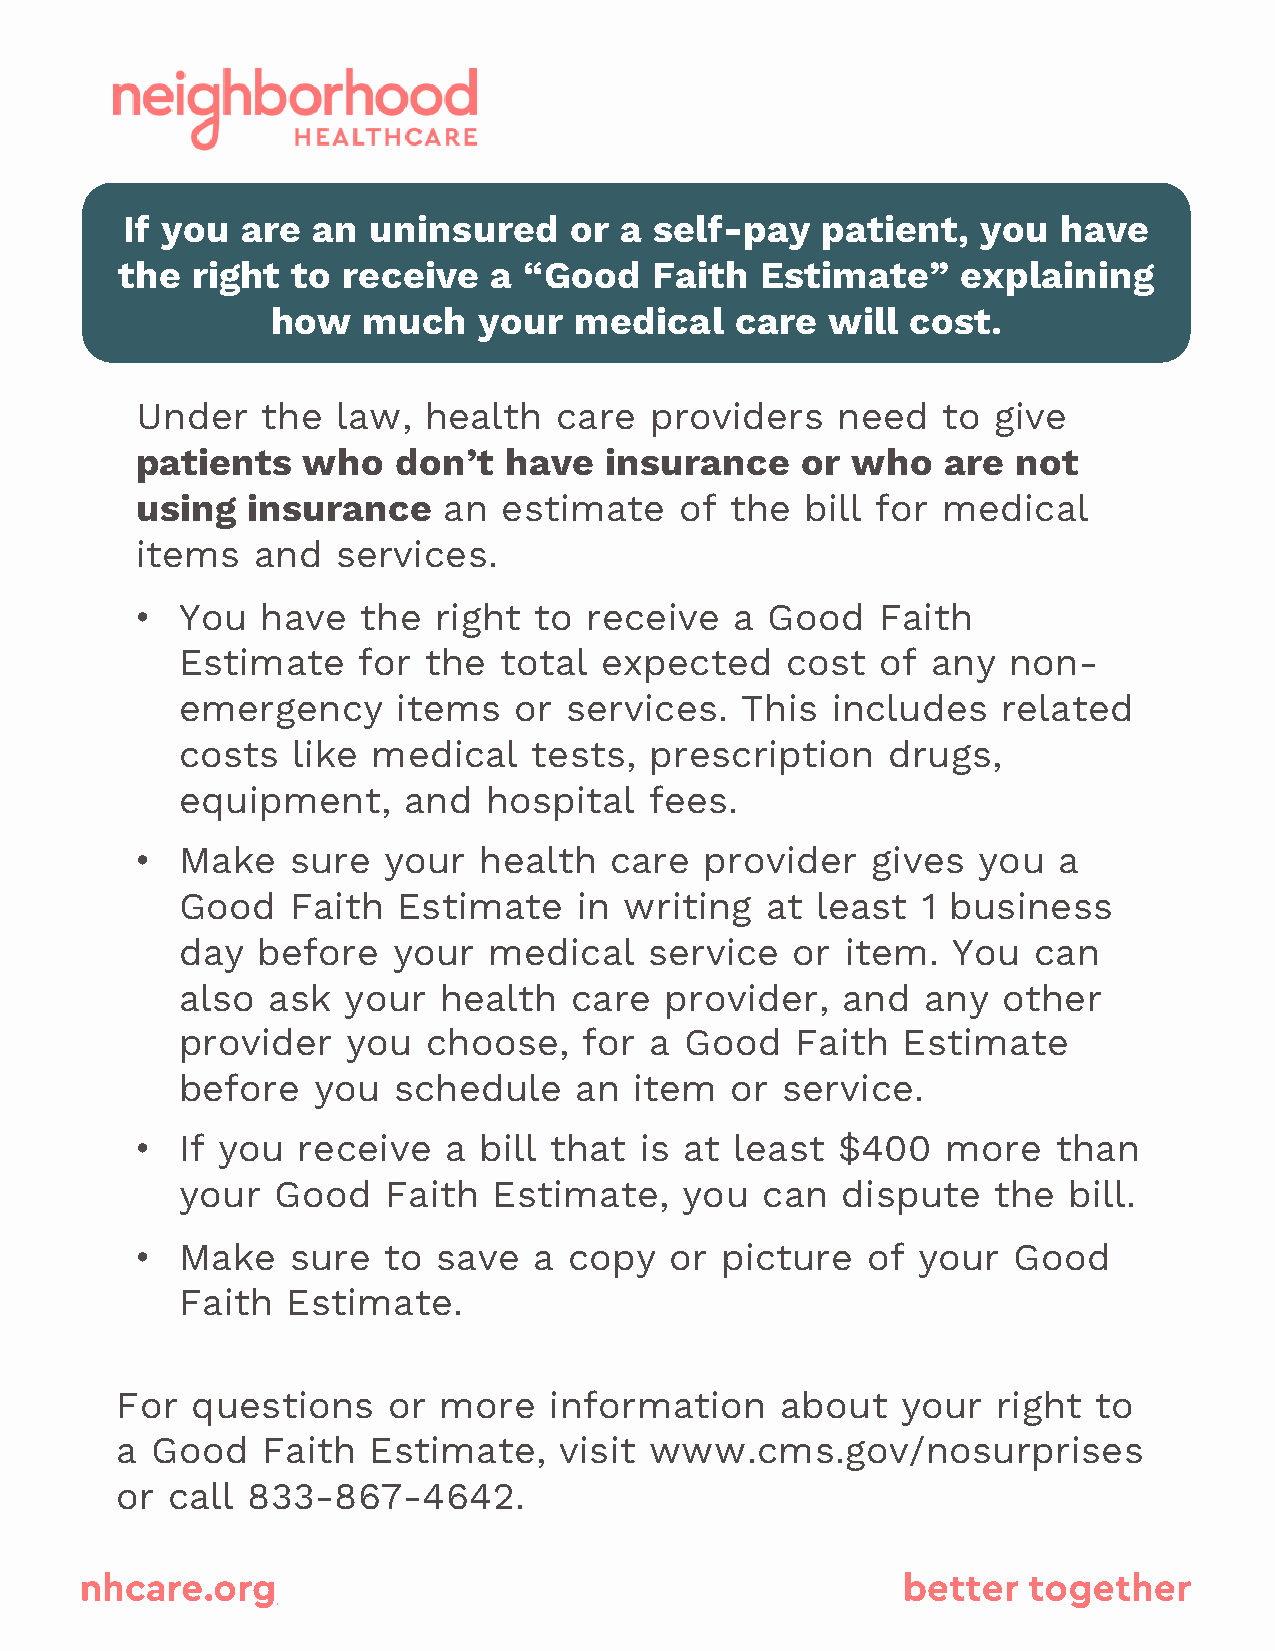
If you  are  an uninsured     or a self-pay   patient,   you  have
 the  right to  receive  a  “Good   Faith  Estimate”     explaining
 how   much    your  medical    care  will cost.
 Under   the  law,  health   care  providers   need   to  give
 patients   who   don’t  have   insurance    or who   are  not
 using  insurance    an  estimate    of the  bill for medical
 items   and  services.
 •  You  have   the  right to  receive   a Good   Faith
 Estimate    for the  total  expected    cost  of  any  non-
 emergency     items   or services.   This  includes   related
 costs  like  medical   tests,  prescription    drugs,
 equipment,     and  hospital   fees.
 •  Make   sure  your   health  care   provider   gives  you  a
 Good   Faith  Estimate    in writing   at least  1 business
 day  before   your  medical    service  or  item.  You  can
 also  ask  your  health   care  provider,   and  any  other
 provider   you  choose,    for a Good    Faith  Estimate
 before   you  schedule    an  item  or  service.
 •  If you  receive  a  bill that is at  least $400    more   than
 your  Good   Faith   Estimate,   you  can   dispute   the  bill.
 •  Make   sure  to  save  a  copy  or  picture  of  your  Good
 Faith  Estimate.
 For  questions    or more   information     about   your  right  to
 a Good   Faith  Estimate,    visit www.cms.gov/nosurprises
 or call 833-867-4642.